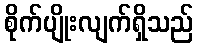
စိုက်ပျိုးလျက်ရှိသည်